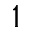
^ { 1 }